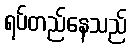
ရပ်တည်နေသည်